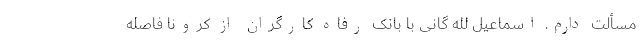
مسألت دارم. اسماعیل لله گانی با بانک رفاه کارگران از کرونا فاصله